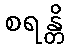
စရန္တိ